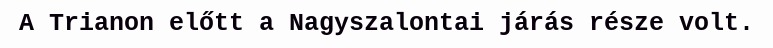
A Trianon előtt a Nagyszalontai járás része volt.